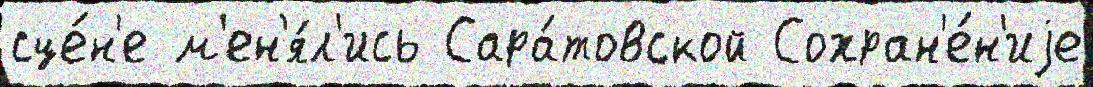
сце́н'е м'ен'я́л'ись Сара́товской Сохран'е́н'иjе